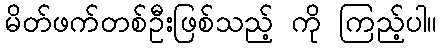
မိတ်ဖက်တစ်ဦးဖြစ်သည့် ကို ကြည့်ပါ။